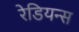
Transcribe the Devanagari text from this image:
रेडियन्स